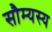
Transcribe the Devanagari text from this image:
सौम्यस्य